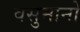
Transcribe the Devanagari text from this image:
वसुमानो